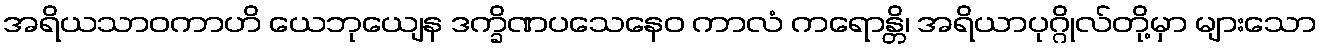
အရိယသာဝကာဟိ ယေဘုယျေန ဒက္ခိဏပသေနေဝ ကာလံ ကရောန္တိ၊ အရိယာပုဂ္ဂိုလ်တို့မှာ များသော